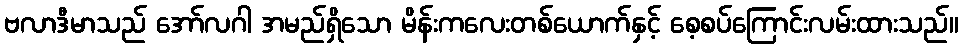
ဗလာဒီမာသည် အော်လဂါ အမည်ရှိသော မိန်းကလေးတစ်ယောက်နှင့် စေ့စပ်ကြောင်းလမ်းထားသည်။